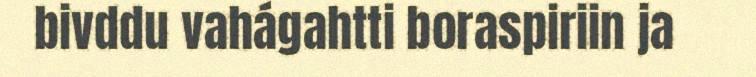
bivddu vahágahtti boraspiriin ja